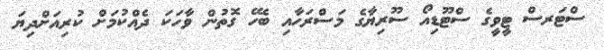
ސްޓަރސް ޓީވީގެ ސްޓޫޑިއޯ ސޫރިޔާގެ މަސްރަހާއި ބެހޭ ގޮތުން ވާހަކަ ދެއްކުމަށް ކުރިއަށްދިޔަ